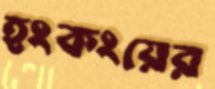
হংকংয়ের